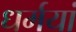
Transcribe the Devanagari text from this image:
धर्मयां